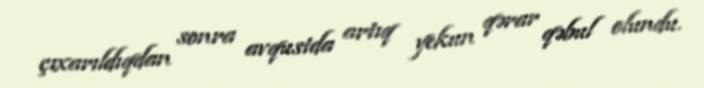
çıxarıldıqdan sonra avqustda artıq yekun qərar qəbul olundu.